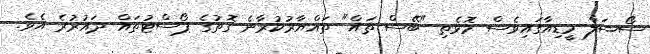
ސޯޝަލް މީޑިއާގައިވެސް މޮޅެތި "ބޭސް ތައް" ތައްޔާރުކުރާނެ ގޮތުގެ ޕޯސްޓުތައް ދައުރުުރެ އެވެ.